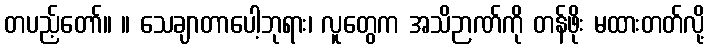
တပည့်တော်။ ။ သေချာတာပေါ့ဘုရား၊ လူတွေက အသိဉာဏ်ကို တန်ဖိုး မထားတတ်လို့